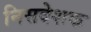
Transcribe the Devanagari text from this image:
निसदेशक